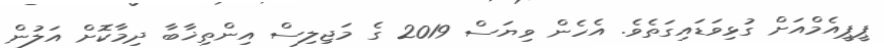
ޕީޕީއެމްއަށް ގުޅިވަޑައިގަތެވެ. އެހެން ވިޔަސް 2019 ގެ މަޖިލިސް އިންތިޚާބާ ދިމާކޮށް އަލުން